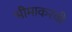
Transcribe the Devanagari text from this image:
भीमाकरवी